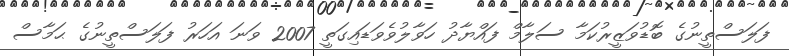
ފަލަސްތީނުގެ ބޮޑުވަޒީރުކަމާ ސަލާމް ފައްޔާދު ހަވާލުވެވަޑައިގަތީ 2007 ވަނަ އަހަރު ފަލަސްތީނުގެ ޙަމާސް